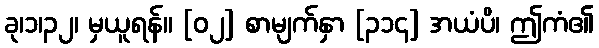
ခု၊၁၊၃၂၊ မှယူရန်။ [၀၂] စာမျက်နှာ [၃၁၄] အယံပိ၊ ဤကံ၏